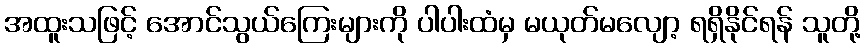
အထူးသဖြင့် အောင်သွယ်ကြေးများကို ပါပါးထံမှ မယုတ်မလျော့ ရရှိနိုင်ရန် သူတို့